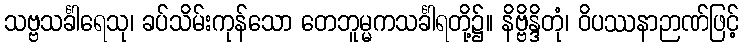
သဗ္ဗသင်္ခါရေသု၊ ခပ်သိမ်းကုန်သော တေဘူမ္မကသင်္ခါရတို့၌။ နိဗ္ဗိန္ဒိတုံ၊ ဝိပဿနာဉာဏ်ဖြင့်